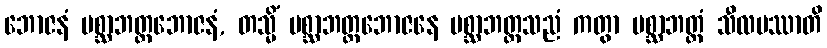
ဘောဇနံ ပစ္ဆာဘတ္တဘောဇနံ, တသ္မိံ ပစ္ဆာဘတ္တဘောဇနေ ပစ္ဆာဘတ္တသညံ ကတွာ ပစ္ဆာဘတ္တံ သီလမဿာတိ